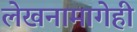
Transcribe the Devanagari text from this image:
लेखनामागेही